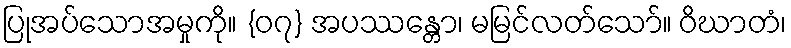
ပြုအပ်သောအမှုကို။ {၀၇} အပဿန္တော၊ မမြင်လတ်သော်။ ဝိဃာတံ၊